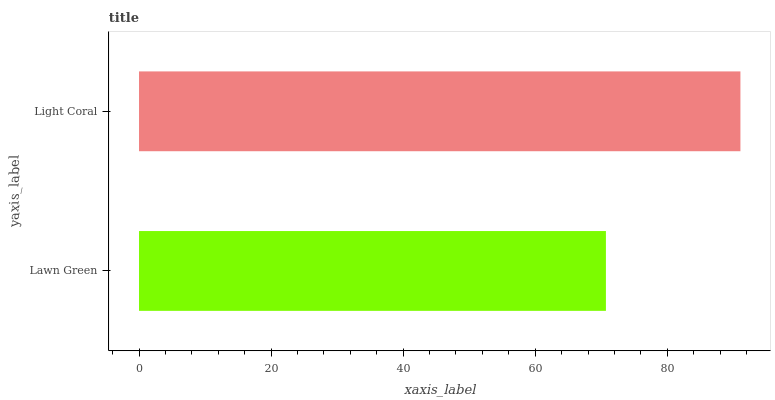
| yaxis_label | bars |
 | --- | --- |
 | Lawn Green | 70.7 |
 | Light Coral | 91.1 |